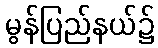
မွန်ပြည်နယ်၌